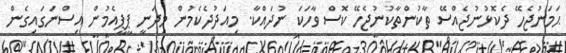
ޙަމަނުޖެހޭ ދެކޮޅުނުޖެއްސޭ ތާކުންތާކުނުޖެހޭ ކޮސް ވާހަކަ ނުދައްކާ. މިއަދުދެކެމުން މިދަނީ ޕީޕީއެމުން އިސްނަގައިގެން